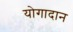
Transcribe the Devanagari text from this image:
योगादान